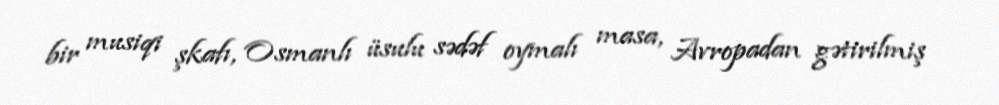
bir musiqi şkafı, Osmanlı üsulu sədəf oymalı masa, Avropadan gətirilmiş